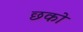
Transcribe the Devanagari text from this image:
छको